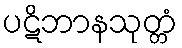
ပဋိဘာနသုတ္တံ